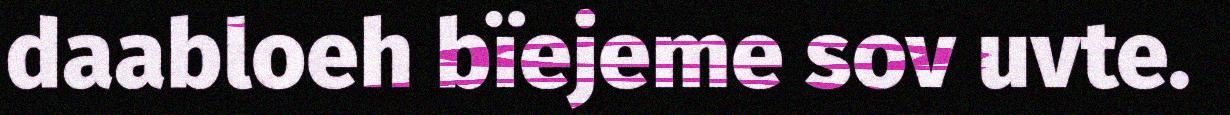
daabloeh bïejeme sov uvte.